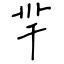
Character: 羋